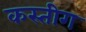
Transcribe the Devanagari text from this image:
कस्तीग